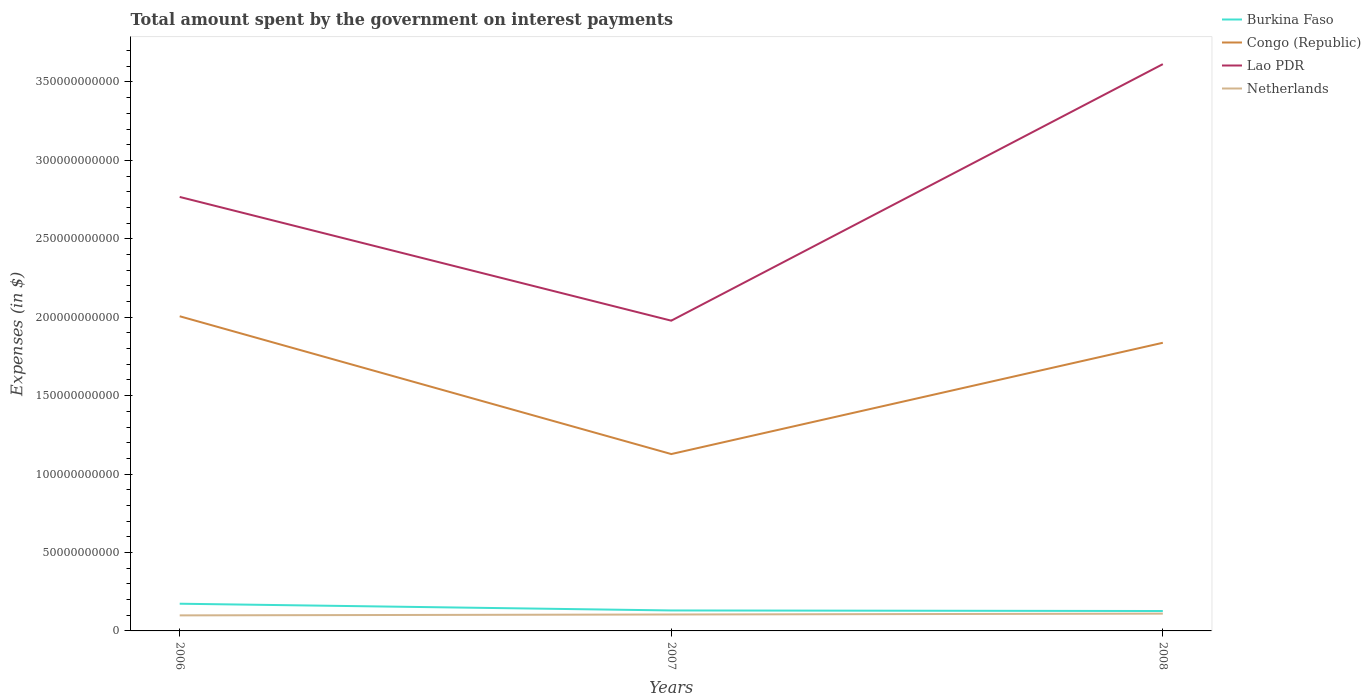
| Years | Burkina Faso | Congo (Republic) | Lao PDR | Netherlands |
 | --- | --- | --- | --- | --- |
 | 2006 | 1.73e+10 | 2.01e+11 | 2.77e+11 | 9.91e+09 |
 | 2007 | 1.31e+10 | 1.13e+11 | 1.98e+11 | 1.05e+10 |
 | 2008 | 1.27e+10 | 1.84e+11 | 3.61e+11 | 1.1e+10 |